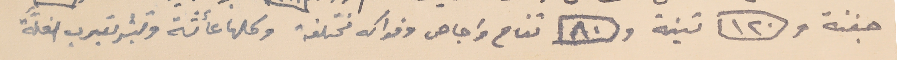
جفنة و١٢٠ تينة و٨٠ تفاح واجاص وفواكه مختلفة وكلها عأشة وتبشر بقرب الغلَّة